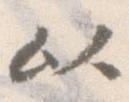
以